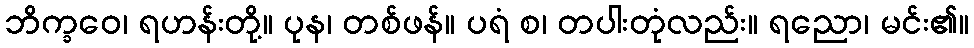
ဘိက္ခဝေ၊ ရဟန်းတို့။ ပုန၊ တစ်ဖန်။ ပရံ စ၊ တပါးတုံလည်း။ ရညော၊ မင်း၏။